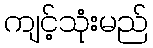
ကျင့်သုံးမည်